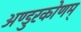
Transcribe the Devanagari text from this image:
अण्डुरकोणम्